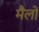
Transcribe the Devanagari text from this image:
मैलों